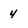
Character: 4